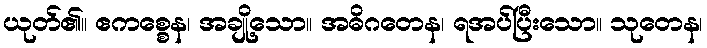
ယုတ်၏။ ဧကစ္စေန၊ အချို့သော။ အဓိဂတေန၊ ရအပ်ပြီးသော။ သုတေန၊